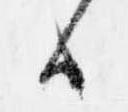
候